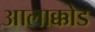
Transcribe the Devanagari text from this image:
आलाक्कोड